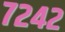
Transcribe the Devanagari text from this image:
७२४२